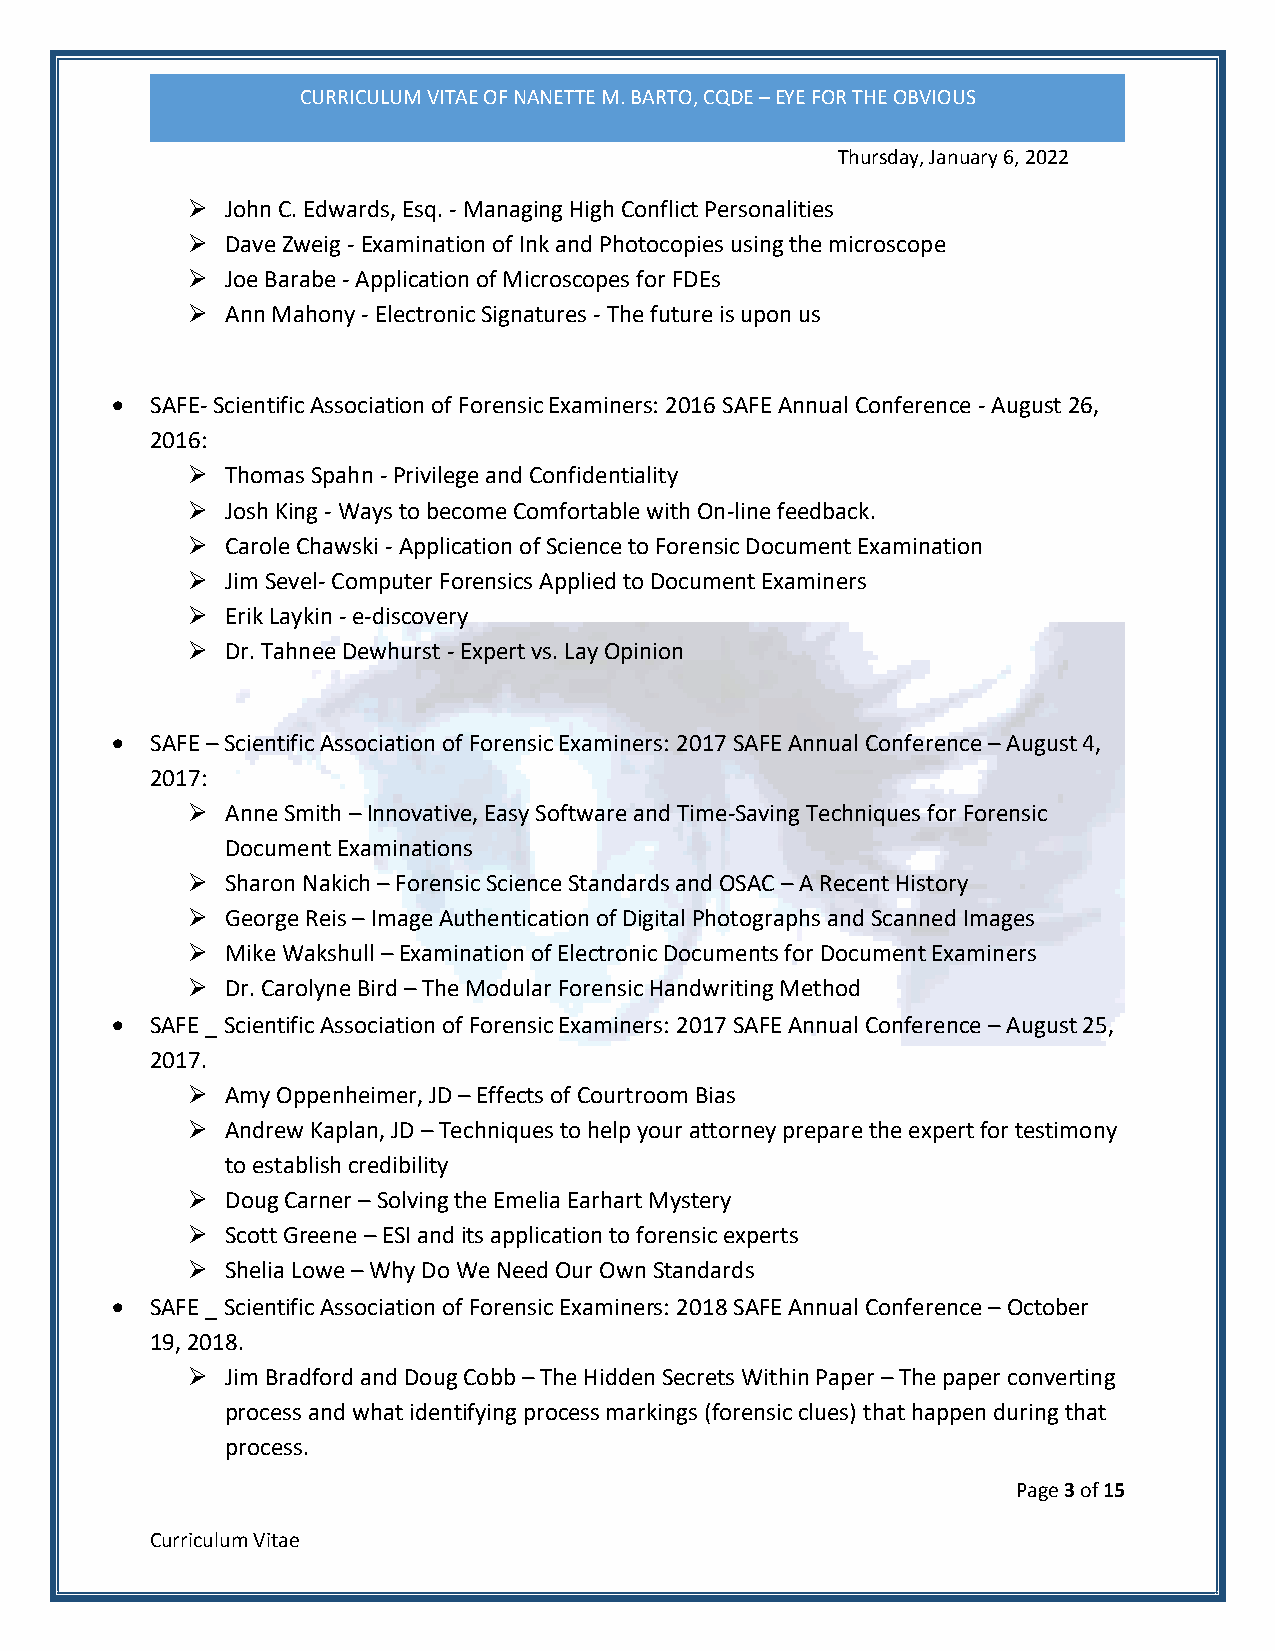
CURRICULUM VITAE OF NANETTE M. BARTO, CQDE – EYE FOR THE OBVIOUS
 Thursday, January 6, 2022
 ➢  John C. Edwards, Esq. - Managing High Conflict Personalities
 ➢  Dave Zweig - Examination of Ink and Photocopies using the microscope
 ➢  Joe Barabe - Application of Microscopes for FDEs
 ➢  Ann Mahony - Electronic Signatures - The future is upon us
 •  SAFE- Scientific Association of Forensic Examiners: 2016 SAFE Annual Conference - August 26,
 2016:
 ➢  Thomas Spahn - Privilege and Confidentiality
 ➢  Josh King - Ways to become Comfortable with On-line feedback.
 ➢  Carole Chawski - Application of Science to Forensic Document Examination
 ➢  Jim Sevel- Computer Forensics Applied to Document Examiners
 ➢  Erik Laykin - e-discovery
 ➢  Dr. Tahnee Dewhurst - Expert vs. Lay Opinion
 •  SAFE – Scientific Association of Forensic Examiners: 2017 SAFE Annual Conference – August 4,
 2017:
 ➢  Anne Smith – Innovative, Easy Software and Time-Saving Techniques for Forensic
 Document Examinations
 ➢  Sharon Nakich – Forensic Science Standards and OSAC – A Recent History
 ➢  George Reis – Image Authentication of Digital Photographs and Scanned Images
 ➢  Mike Wakshull – Examination of Electronic Documents for Document Examiners
 ➢  Dr. Carolyne Bird – The Modular Forensic Handwriting Method
 •  SAFE _ Scientific Association of Forensic Examiners: 2017 SAFE Annual Conference – August 25,
 2017.
 ➢  Amy Oppenheimer, JD – Effects of Courtroom Bias
 ➢  Andrew Kaplan, JD – Techniques to help your attorney prepare the expert for testimony
 to establish credibility
 ➢  Doug Carner – Solving the Emelia Earhart Mystery
 ➢  Scott Greene – ESI and its application to forensic experts
 ➢  Shelia Lowe – Why Do We Need Our Own Standards
 •  SAFE _ Scientific Association of Forensic Examiners: 2018 SAFE Annual Conference – October
 19, 2018.
 ➢  Jim Bradford and Doug Cobb – The Hidden Secrets Within Paper – The paper converting
 process and what identifying process markings (forensic clues) that happen during that
 process.
 Page 3 of 15
 Curriculum Vitae